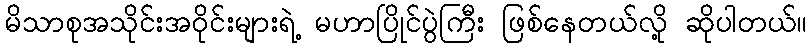
မိသာစုအသိုင်းအဝိုင်းများရဲ့ မဟာပြိုင်ပွဲကြီး ဖြစ်နေတယ်လို့ ဆိုပါတယ်။